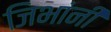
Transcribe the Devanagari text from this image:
जिभांनी